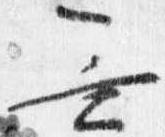
無